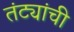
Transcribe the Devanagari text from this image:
तंट्यांची